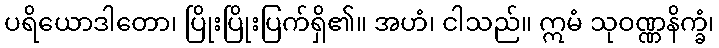
ပရိယောဒါတော၊ ပြိုးပြိုးပြက်ရှိ၏။ အဟံ၊ ငါသည်။ ဣမံ သုဝဏ္ဏနိက္ခံ၊